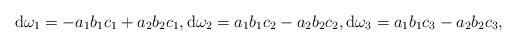
LaTeX: \begin{align*} {\rm d}\omega_1= -a_1b_1c_1+a_2b_2c_1, {\rm d}\omega_2= a_1b_1c_2- a_2b_2c_2, {\rm d}\omega_3= a_1b_1c_3-a_2b_2c_3, \end{align*}